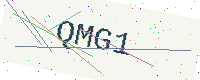
Text: QMG1